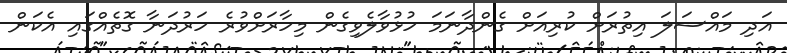
އަދި މައްސަލަ އިތުރަށް ކުރިއަށް ގެންދާނަމަ ހުޅުވާލެވިގެން މިހާރަށްވުރެ ހަރުދަނާ ގޮތެއްގައި އެކަން